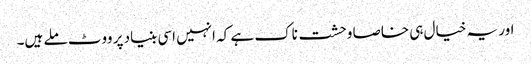
اور یہ خیال ہی خاصا وحشت ناک ہے کہ انہیں اسی بنیاد پر ووٹ ملے ہیں۔